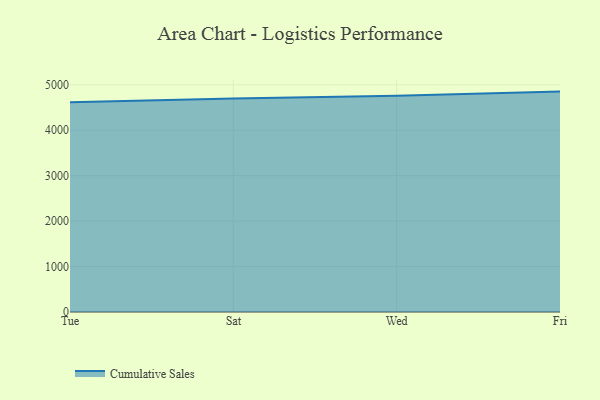
{"axis": {"x": "Day", "y": "Inventory Turnover"}, "legend": ["Cumulative Sales"], "data": [{"x": "Tue", "y": 4614.4, "type": "Cumulative Sales"}, {"x": "Sat", "y": 4700.6, "type": "Cumulative Sales"}, {"x": "Wed", "y": 4759.7, "type": "Cumulative Sales"}, {"x": "Fri", "y": 4851.1, "type": "Cumulative Sales"}]}